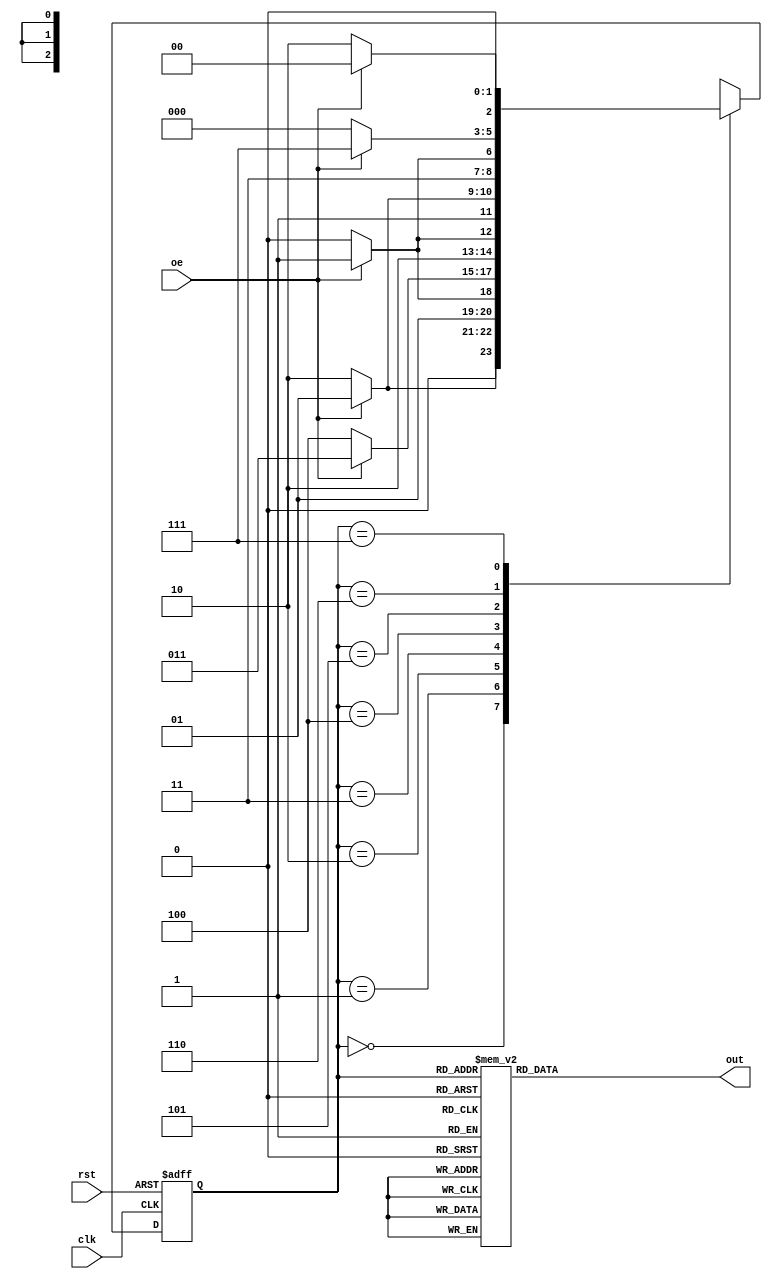
`timescale 1ns / 1ps
//////////////////////////////////////////////////////////////////////////////////
// Company: 
// Engineer: 
// 
// Design Name: 
// Module Name: fsm
// Project Name: 
// Target Devices: 
// Tool Versions: 
// Description: 
// 
// Dependencies: 
// 
// Revision:
// Revision 0.01 - File Created
// Additional Comments:
// 
//////////////////////////////////////////////////////////////////////////////////


/*module fsm(input arstn , in ,clk,output reg [2:0] out);
reg [2:0] c_state,n_state;
parameter s0=0,s1=1,s2=2,s3=3,s4=4,s5=5,s6=6,s7=7;
always @(posedge clk , negedge arstn)
    begin
        if(~arstn)    c_state<=0;
        else
            c_state<=n_state;
    end
    
 always @(*)
    begin
        case(c_state)
            3'd0 : begin
                     if(in) n_state = s1;
                     else
                        n_state = s2;
                   end
                   
           3'd1 : begin
                     if(in) n_state = s3;
                     else
                        n_state = s2;
                   end
                   
           3'd2 : begin
                     if(in) n_state = s3;
                     else
                        n_state = s4;
                   end 
           3'd3 : begin
                     if(in) n_state = s5;
                     else
                        n_state = s4;
                   end 
           3'd4 : begin
                     if(in) n_state = s5;
                     else
                        n_state = s6;
                   end              
          3'd5 : begin
                     if(in) n_state = s7;
                     else
                        n_state = s6;
                   end        
          3'd6 : begin
                     if(in) n_state = s7;
                     else
                        n_state = s0;
                   end         
          3'd7 : begin
                     if(in) n_state = s0;
                     else
                        n_state = s2;
                   end
          default : n_state = s0;        
        endcase           
    end
  always @(c_state)
    begin
        case(c_state)
            3'd0 : out = 0;
            3'd1 : out = 1;
            3'd2 : out = 2;
            3'd3 : out = 3;
            3'd4 : out = 4;
            3'd5 : out = 5;
            3'd6 : out = 6;
            3'd7 : out = 7;
            default : out = 'hz;
        endcase
    end
endmodule*/


module fsm(clk,oe,rst,out);
input clk,oe,rst;
output reg [2:0]out;
localparam s0=3'b000,s1=3'b001,s2=3'b010,s3=3'b011,s4=3'b100,s5=3'b101,s6=3'b110,s7=3'b111;
reg [2:0]state,nxt_state;
always @(posedge clk , posedge rst)
begin
	if (rst)
	begin
		state<= s0;
                
	end
	else 
		state<= nxt_state;
end

always@ (state)
begin
	case(state)
		s0: nxt_state=oe?s1:s2;
		s1: nxt_state=oe?s3:s2;
		s2: nxt_state=oe?s3:s4;
		s3: nxt_state=oe?s5:s4;
		s4: nxt_state=oe?s5:s6;
		s5: nxt_state=oe?s7:s6;
		s6: nxt_state=oe?s7:s0;
		s7: nxt_state=oe?s0:s2;
	endcase
end

always@(state)
begin
	case(state)
		s0: out=0;
		s1: out=1;
		s2: out=2;
		s3: out=3;
		s4: out=4;
		s5: out=5;
		s6: out=6;
		s7: out=7;
	endcase
end
endmodule